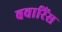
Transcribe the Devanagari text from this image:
बवारिंस